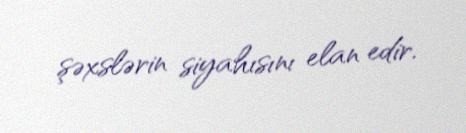
şəxslərin siyahısını elan edir.